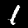
Digit: 1